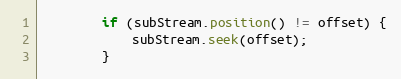
Language: Java
		if (subStream.position() != offset) {
			subStream.seek(offset);
		}